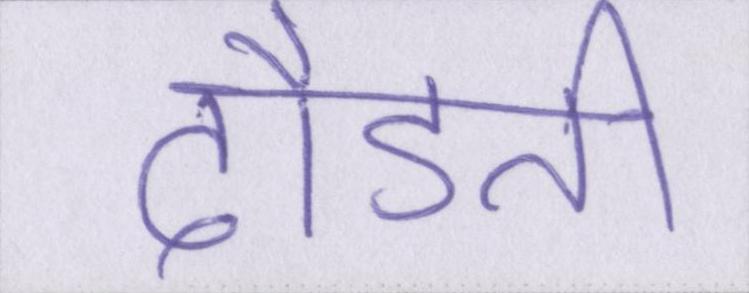
दौडती